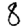
Digit: 8